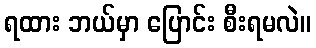
ရထား ဘယ်မှာ ပြောင်း စီးရမလဲ။